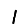
Digit: 1